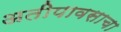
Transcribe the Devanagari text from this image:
अतीपावसाचा